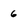
Character: 6